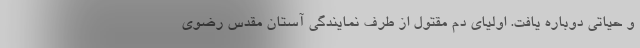
و حیاتی دوباره یافت. اولیای دم مقتول از طرف نمایندگی آستان مقدس رضوی